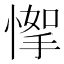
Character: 𢞙